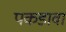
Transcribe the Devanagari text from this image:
पकडावा